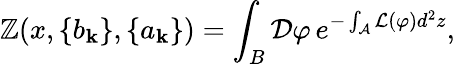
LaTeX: \mathbb{Z}(x,\{ b_{\mathbf{k}}\} ,\{ a_{\mathbf{k}}\} )=\int_{B}{\mathcal{D}}\varphi\, e^{-\int_{\mathcal{A}}{\mathcal{L}}(\varphi)d^{2}z},